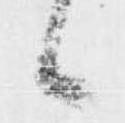
候